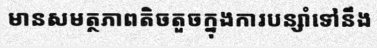
មានសមត្ថភាពតិចតួចក្នុងការបន្សាំទៅនឹង